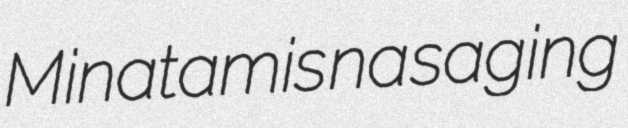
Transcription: Minatamis na saging